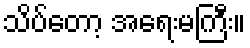
သိပ်တော့ အရေးမကြီး။